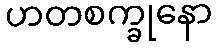
ဟတစက္ခုနော